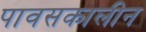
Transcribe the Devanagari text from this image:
पावसकालीन